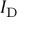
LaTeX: I _ { \mathrm { D } }